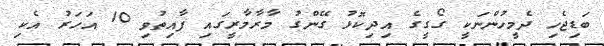
ބަޑިޖެހި ދެމީހުންނަކީ ގޯގީގެ އިދިކޮޅު ގޭންގު މާރާމާރީގައި ފާއިތުވި 10 އަހަރު އެކި